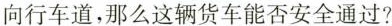
向行车道，那么这辆货车能否安全通过?